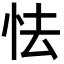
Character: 怯